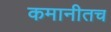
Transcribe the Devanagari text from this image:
कमानीतच